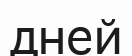
дней